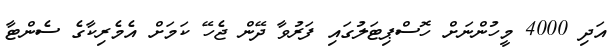
އަދި 4000 މީހުންނަށް ހޮސްޕިޓަލުގައި ފަރުވާ ދޭން ޖެހޭ ކަމަށް އެމެރިކާގެ ސެންޓާ